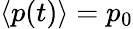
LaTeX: \langle p(t)\rangle=p_{0}